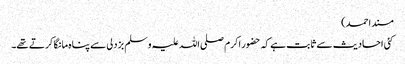
مسند احمد)
کئی احادیث سے ثابت ہے کہ حضور اکرم صلی اللہ علیہ وسلم بزدلی سے پناہ مانگا کرتے تھے۔